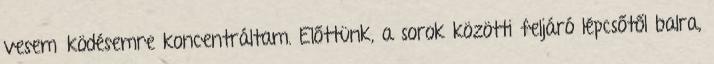
veseműködésemre koncentráltam. Előt­tünk, a sorok közötti feljáró lépcsőtől balra,